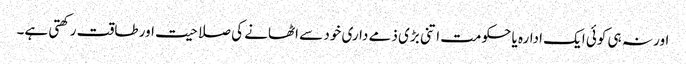
اور نہ ہی کوئی ایک ادارہ یا حکومت اتنی بڑی ذمے داری خود سے اٹھانے کی صلاحیت اور طاقت رکھتی ہے۔